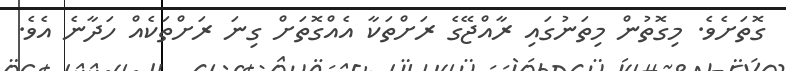
ގޮތަށެވެ. މިގޮތުން މިތަނުގައި ރާއްޖޭގެ ރަށްތަކާ އެއްގޮތަށް ގިނަ ރަށްތަކެއް ހަދާނެ އެވެ.